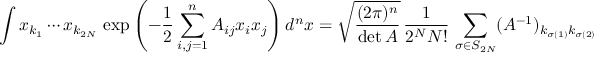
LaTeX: \int x _ { k _ { 1 } } \cdots x _ { k _ { 2 N } } \, \exp { \left( - { \frac { 1 } { 2 } } \sum _ { i , j = 1 } ^ { n } A _ { i j } x _ { i } x _ { j } \right) } \, d ^ { n } x = { \sqrt { \frac { ( 2 \pi ) ^ { n } } { \operatorname* { d e t } A } } } \, { \frac { 1 } { 2 ^ { N } N ! } } \, \sum _ { \sigma \in S _ { 2 N } } ( A ^ { - 1 } ) _ { k _ { \sigma ( 1 ) } k _ { \sigma ( 2 ) } } \cdots ( A ^ { - 1 } ) _ { k _ { \sigma ( 2 N - 1 ) } k _ { \sigma ( 2 N ) } }